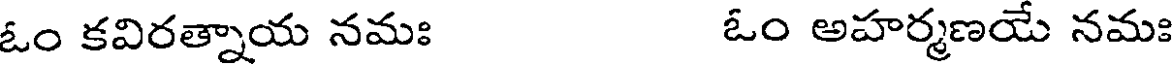
ఓం కవిరత్నాయ నమః ఓం అహర్మణయే నమః